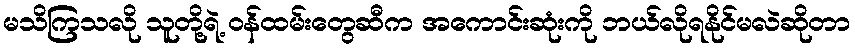
မသိကြသလို သူတို့ရဲ့ ဝန်ထမ်းတွေဆီက အကောင်းဆုံးကို ဘယ်လိုရနိုင်မလဲဆိုတာ